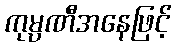
ကုမ္ပဏီအနေဖြင့်